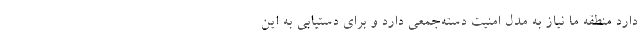
دارد منطقه ما نیاز به مدل امنیت دسته‌جمعی دارد و برای دستیابی به این